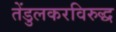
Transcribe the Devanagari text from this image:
तेंडुलकरविरुद्ध